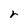
Character: r